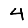
Digit: 4